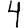
Digit: 4